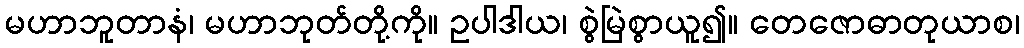
မဟာဘူတာနံ၊ မဟာဘုတ်တို့ကို။ ဥပါဒါယ၊ စွဲမြဲစွာယူ၍။ တေဇောဓာတုယာစ၊